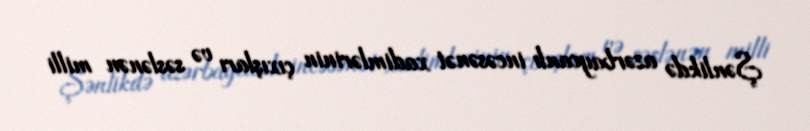
Şənlikdə azərbaycanlı incəsənət xadimlərinin çıxışları və səslənən milli